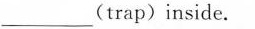
_(trap)inside.